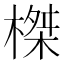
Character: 榤